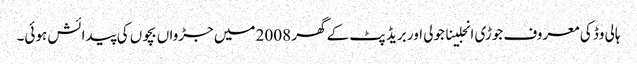
ہالی وڈ کی معروف جوڑی انجلینا جولی اور بریڈ پٹ کے گھر 2008 میں جڑواں بچوں کی پیدائش ہوئی۔